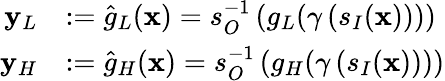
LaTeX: \begin{array}{rl}{\mathbf{y}_{L}}&{:=\widehat{g}_{L}(\mathbf{x})=s_{O}^{-1}\left(g_{L}(\gamma\left(s_{I}(\mathbf{x})\right))\right)}\\ {\mathbf{y}_{H}}&{:=\widehat{g}_{H}(\mathbf{x})=s_{O}^{-1}\left(g_{H}(\gamma\left(s_{I}(\mathbf{x})\right))\right)}\end{array}